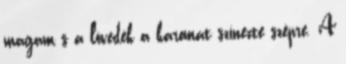
magam s a lövedék a karomat színezte szépre. A